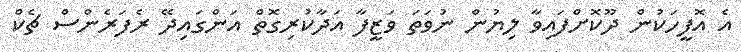
އެ އޮފީހަކުން ދޫކޮށްފައިވާ ލިޔުން ނުވަތަ ވަޒީފާ އަދާކުރިގޮތް އަންގައިދޭ ރެފަރެންސް ޗެކް